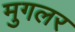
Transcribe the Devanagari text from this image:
मुगलर